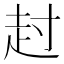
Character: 𧺘